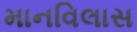
માનવિલાસ